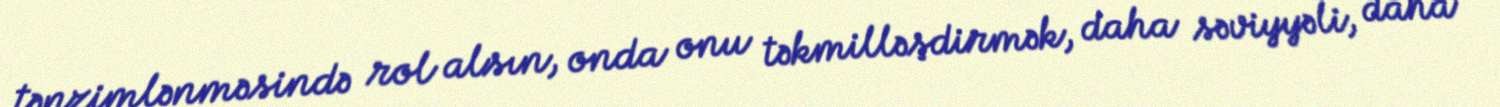
tənzimlənməsində rol alsın, onda onu təkmilləşdirmək, daha səviyyəli, daha